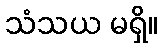
သံသယ မရှိ။